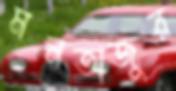
মনতাজুর